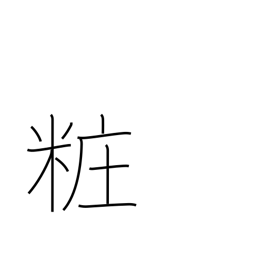
Meaning: adorn (one's person)